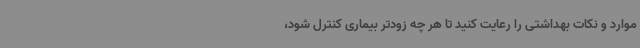
موارد و نکات بهداشتی را رعایت کنید تا هر چه زودتر بیماری کنترل شود،